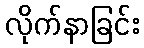
လိုက်နာခြင်း